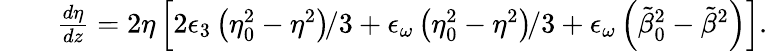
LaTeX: \begin{array}{rlr}&{}&{\frac{d\eta}{dz}=2\eta\left[2\epsilon_{3}\left(\eta_{0}^{2}-\eta^{2}\right)\! /3+\epsilon_{\omega}\left(\eta_{0}^{2}-\eta^{2}\right)\! /3+\epsilon_{\omega}\left(\tilde{\beta}_{0}^{2}-\tilde{\beta}^{2}\right)\right].}\end{array}